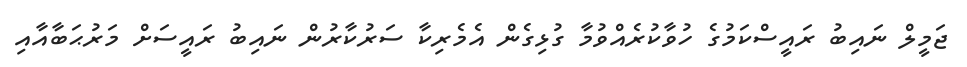
ޖަމީލް ނައިބު ރައީސްކަމުގެ ހުވާކުރެއްވުމާ ގުޅިގެން އެމެރިކާ ސަރުކާރުން ނައިބު ރައީސަށް މަރުޙަބާއާއި